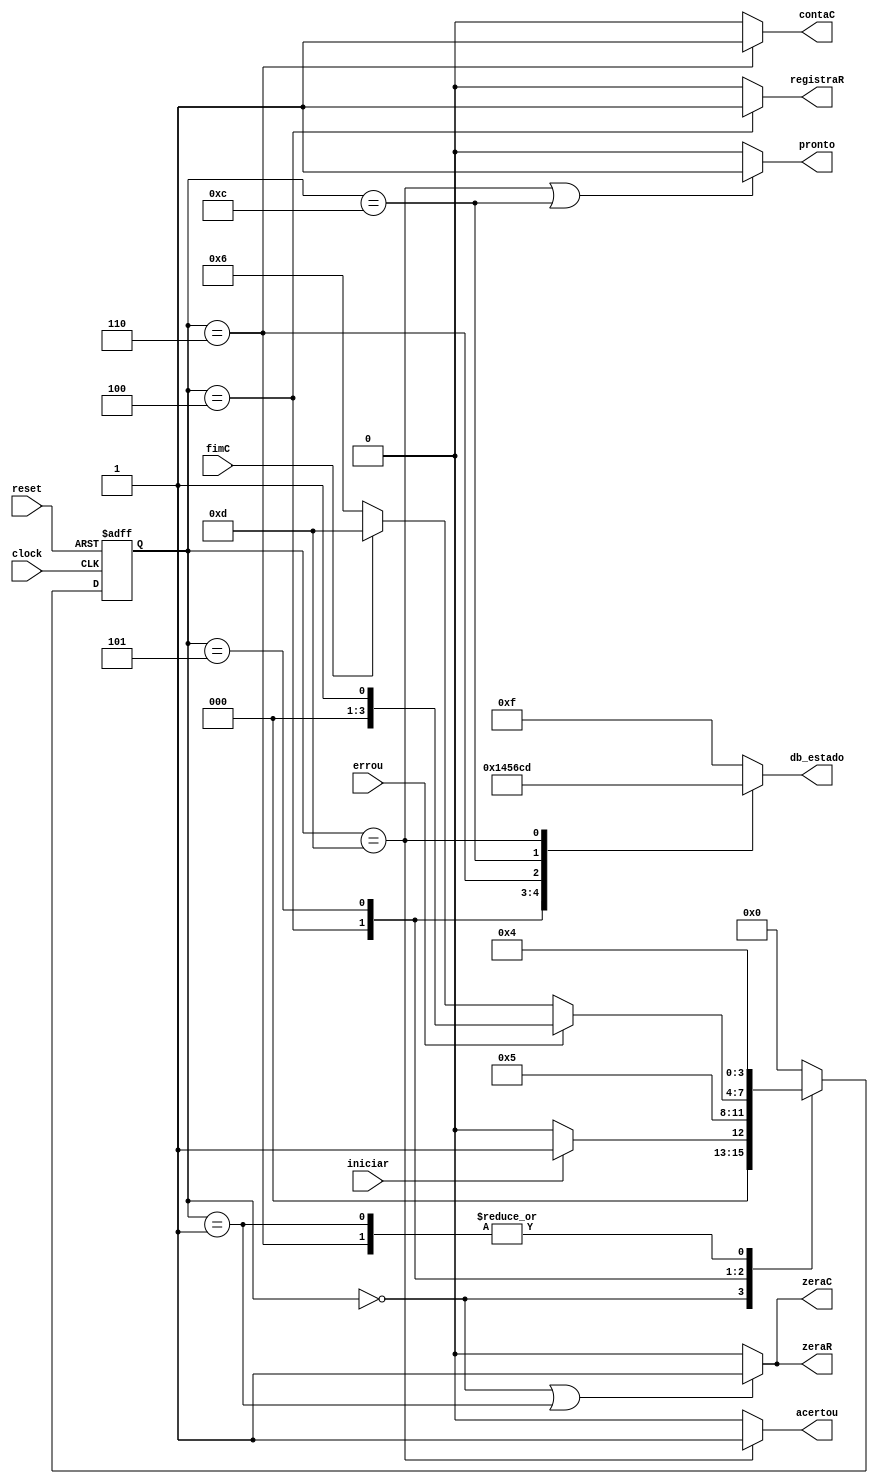
module desafio4_unidade_controle (
    input      clock,
    input      reset,
    input      iniciar,
    input      fimC,
    input      errou,
    output reg zeraC,
    output reg contaC,
    output reg zeraR,
    output reg registraR,
    output reg pronto,
    output reg [3:0] db_estado,
    output reg acertou
);

    // Define estados
    parameter inicial    = 4'b0000;  // 0
    parameter preparacao = 4'b0001;  // 1
    parameter registra   = 4'b0100;  // 4
    parameter comparacao = 4'b0101;  // 5
    parameter proximo    = 4'b0110;  // 6
    parameter fim_errou = 4'b1100;  // C
    parameter fim_acertou= 4'b1101;  // D

    // Variaveis de estado
    reg [3:0] Eatual, Eprox;

    // Memoria de estado
    always @(posedge clock or posedge reset) begin
        if (reset)
            Eatual <= inicial;
        else
            Eatual <= Eprox;
    end

    // Logica de proximo estado
    always @* begin
        case (Eatual)
            inicial:     Eprox = iniciar ? preparacao : inicial;
            preparacao:  Eprox = registra;
            registra:    Eprox = comparacao;
            comparacao:  Eprox = (errou) ? fim_perdeu : (fimC) ? fim_acertou : proximo;
            proximo:     Eprox = registra;
            fim_errou:  Eprox = inicial;
            fim_acertou: Eprox = inicial;
            default:     Eprox = inicial;
        endcase
    end

    // Logica de saida (maquina Moore)
    always @* begin
        zeraC     = (Eatual == inicial || Eatual == preparacao) ? 1'b1 : 1'b0;
        zeraR     = (Eatual == inicial || Eatual == preparacao) ? 1'b1 : 1'b0;
        registraR = (Eatual == registra) ? 1'b1 : 1'b0;
        contaC    = (Eatual == proximo) ? 1'b1 : 1'b0;
        pronto    = (Eatual == fim_acertou || Eatual == fim_errou) ? 1'b1 : 1'b0;
        acertou   = (Eatual == fim_acertou) ? 1'b1 : 1'b0;

        // Saida de depuracao (estado)
        case (Eatual)
            inicial:     db_estado = 4'b0000;  // 0
            preparacao:  db_estado = 4'b0001;  // 1
            registra:    db_estado = 4'b0100;  // 4
            comparacao:  db_estado = 4'b0101;  // 5
            proximo:     db_estado = 4'b0110;  // 6
            fim_errou:   db_estado = 4'b1100;  // C
            fim_acertou: db_estado = 4'b1101;  // D
            
            default:     db_estado = 4'b1111;  // F
        endcase
    end

endmodule